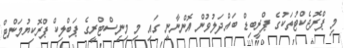
މި ޕްރޮޖެކްޓުތަކުގެ ޕްރީބިޑް ބައްދަލުވުން އޮންނާނީ ގައި މި މިނިސްޓްރީގެ ޕަބްލިކް ޕްރޮކިޔުމަންޓް